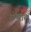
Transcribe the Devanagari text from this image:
रम्यात्